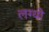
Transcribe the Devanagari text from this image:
लग्यो